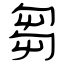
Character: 芻